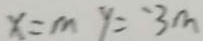
x = m y = - 3 m